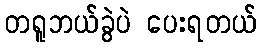
တရူဘယ်ခွဲပဲ ပေးရတယ်